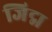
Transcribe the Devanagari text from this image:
जिद्म